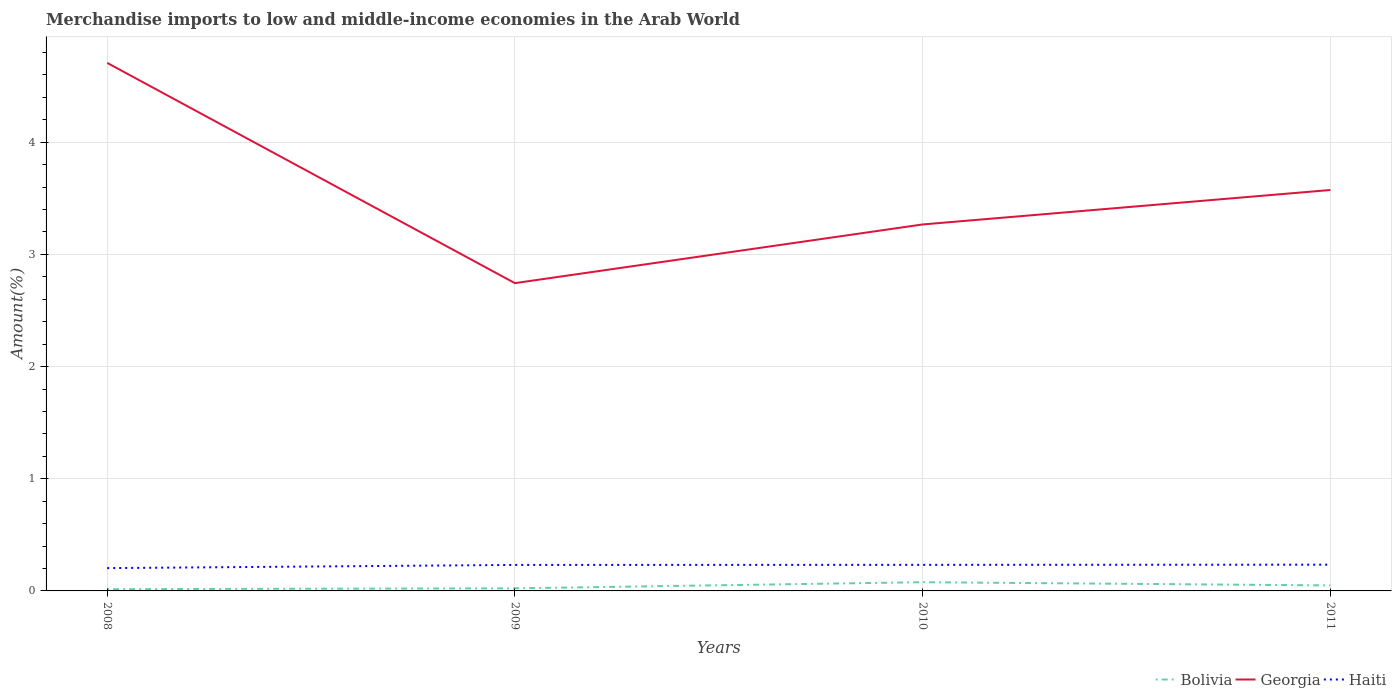
| Years | Bolivia | Georgia | Haiti |
 | --- | --- | --- | --- |
 | 2008 | 0.0155 | 4.71 | 0.203 |
 | 2009 | 0.0231 | 2.74 | 0.232 |
 | 2010 | 0.0777 | 3.27 | 0.232 |
 | 2011 | 0.0491 | 3.57 | 0.234 |